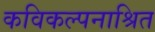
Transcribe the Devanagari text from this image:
कविकल्पनाश्रित